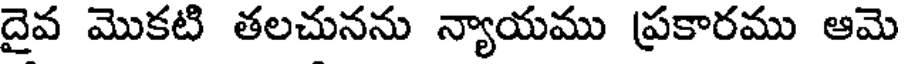
దైవ మొకటి తలచునను న్యాయము ప్రకారము ఆమె